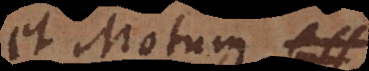
et Motu